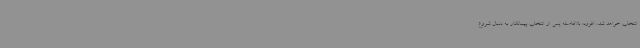
انتخاب خواهد شد، افزود: بلافاصله پس از انتخاب پیمانکار به دنبال شروع